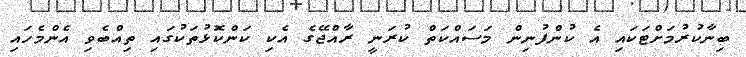
ބިނާކުރުމަށްޓަކައި އެ ކުންފުނިން މަސައްކަތް ކުރަނީ ރާއްޖޭގެ އެކި ކަންކޮޅުތަކުގައި ތިއްބެވި އެންމެހައި